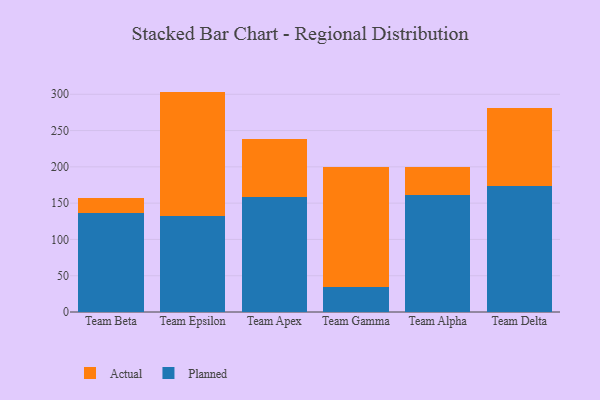
{"axis": {"x": "Team", "y": "LTV (USD)"}, "legend": ["Actual", "Planned"], "data": [{"x": "Team Beta", "y": 136.4, "type": "Planned"}, {"x": "Team Beta", "y": 21.1, "type": "Actual"}, {"x": "Team Epsilon", "y": 132.6, "type": "Planned"}, {"x": "Team Epsilon", "y": 171.1, "type": "Actual"}, {"x": "Team Apex", "y": 159.0, "type": "Planned"}, {"x": "Team Apex", "y": 79.5, "type": "Actual"}, {"x": "Team Gamma", "y": 34.0, "type": "Planned"}, {"x": "Team Gamma", "y": 166.0, "type": "Actual"}, {"x": "Team Alpha", "y": 161.0, "type": "Planned"}, {"x": "Team Alpha", "y": 39.4, "type": "Actual"}, {"x": "Team Delta", "y": 173.0, "type": "Planned"}, {"x": "Team Delta", "y": 108.5, "type": "Actual"}]}